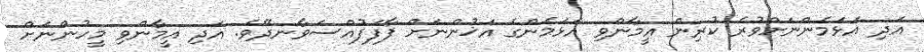
އަދި އަޅަމެންނަށްވުރެ ކުރިން އީމާންވި އަޅަމެންގެ އަޚުންނަށް ފާފަފުއްސަވާނދޭވެ. އަދި އީމާންވި މީހުންނަށް